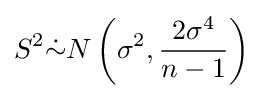
S^{2}{\dot {\sim }}N\left(\sigma ^{2},{\frac {2\sigma ^{4}}{n-1}}\right)